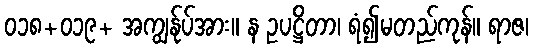
၀၁၈+၀၁၉+ အကျွန်ုပ်အား။ န ဥပဋ္ဌိတာ၊ ရံ၍မတည်ကုန်။ ရာဇ၊